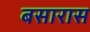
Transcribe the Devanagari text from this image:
बसारास